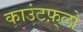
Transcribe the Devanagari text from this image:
काउंटफ़्लो